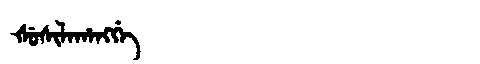
Manchu: ᡧᡠᠰᡳᠯᠠᡥᠠᠩᡤᡝ
Romanization: ŠUSILAHANGGE